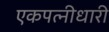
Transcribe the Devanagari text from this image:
एकपत्नीधारी